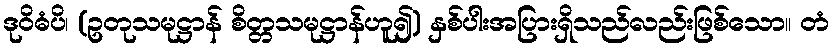
ဒုဝိဓံပိ၊ (ဥတုသမုဋ္ဌာန် စိတ္တသမုဋ္ဌာန်ဟူ၍) နှစ်ပါးအပြားရှိသည်လည်းဖြစ်သော။ တံ